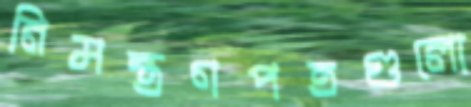
নিমন্ত্রণপত্রগুলো